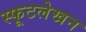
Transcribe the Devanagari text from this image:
स्फूटलेखन